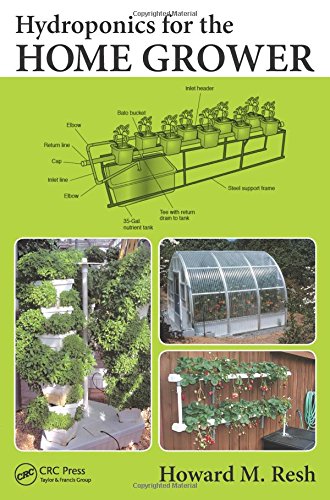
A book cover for Hydroponics for the Home Grower; Howard M. Resh; Science & Math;